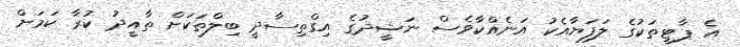
އެ ޕާޓީތަކުގެ ލަފަޔާއެކު އަނެއްކާވެސް ނަޝީދުގެ އިގްތިސާދީ ބިލްތަކަށް ތާއީދު ކުރާ ކަމަށް